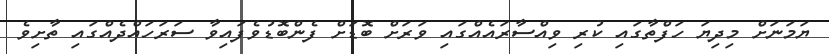
ޔަމަނަށް މިދިޔަ ހަފްތާގައި ކުރި ވިއްސާރައެއްގައި ވަރަށް ބޮޑަށް ފެންބޮޑުވެފައިވާ ސަރަހައްދެއްގައި ތާށިވެ